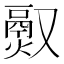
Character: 𬴵